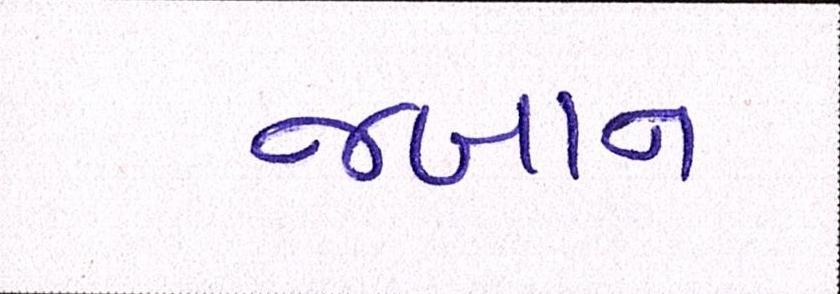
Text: જબાન